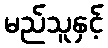
မည်သူနှင့်